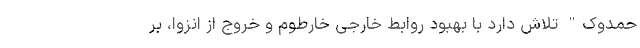
حمدوک" تلاش دارد با بهبود روابط خارجی خارطوم و خروج از انزوا، بر